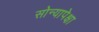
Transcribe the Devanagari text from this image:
सोन्यापेक्षा